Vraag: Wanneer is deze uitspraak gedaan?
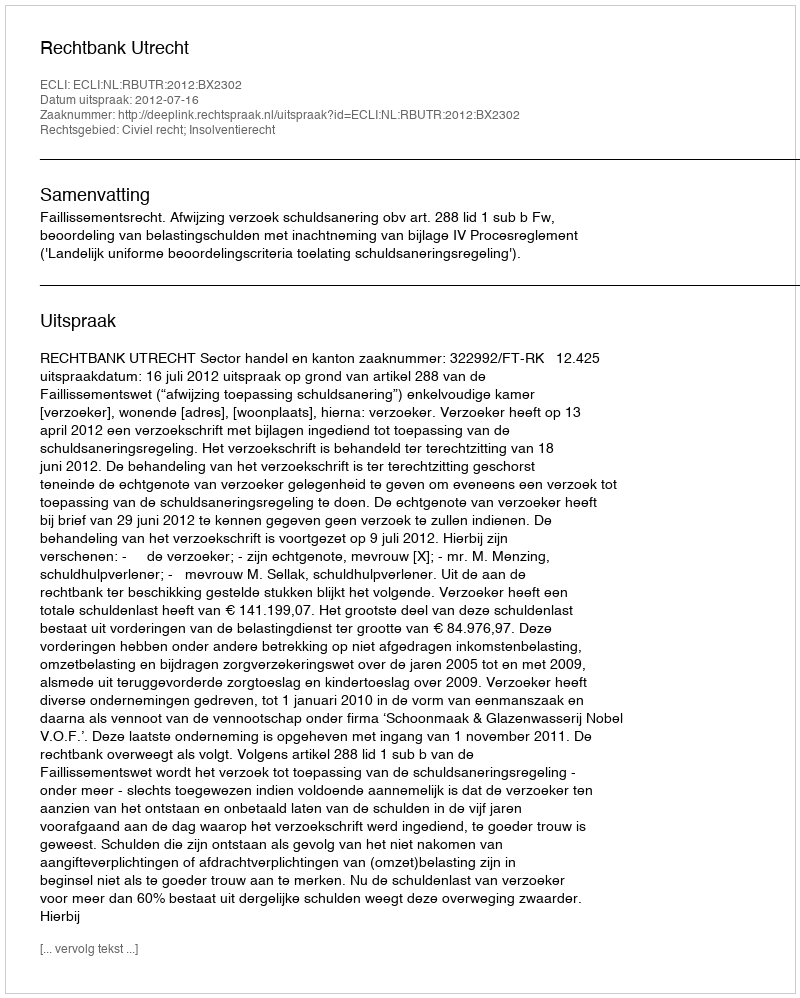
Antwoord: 2012-07-16